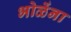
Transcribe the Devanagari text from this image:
भोळेंना